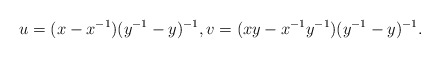
\begin{align*} u = (x-x^{-1})(y^{-1}-y)^{-1}, v = (xy - x^{-1}y^{-1})(y^{-1}-y)^{-1}.\end{align*}